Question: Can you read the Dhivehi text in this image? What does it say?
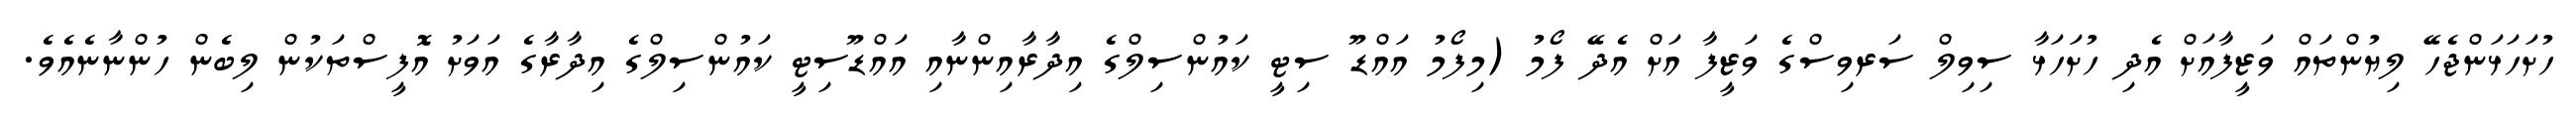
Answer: ހުށަހަޅަންޖެހޭ ލިޔުންތައް ވަޒީފާއަށް އެދި ހުށަހަޅާ ސިވިލް ސަރވިސްގެ ވަޒީފާ އަށް އެދޭ ފޯމު (މިފޯމު އައްޑޫ ސިޓީ ކައުންސިލްގެ އިދާރާއިންނާއި އައްޑޫސިޓީ ކައުންސިލްގެ އިދާރާގެ އަވަށު އޮފީސްތަކުން ލިބެން ހުންނާނެއެވެ.